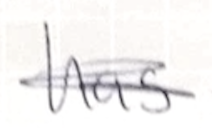
Text: has
Cross-out: scratch
Writing tool: pencil